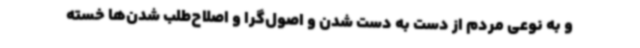
و به نوعی مردم از دست به دست شدن و اصول‌گرا و اصلاح‌طلب شدن‌ها خسته